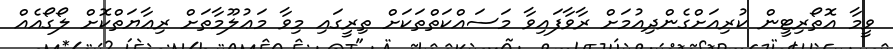
ވީމާ އޮތޯރިޓީން ކުރިއަށްގެންދިއުމަށް ރާވާފައިވާ މަސައްކަތްތަކަށް ތިރީގައި މިވާ މަޢުލޫމާތަށް ރިޢާޔަތްކޮށް ލޯގޯއެއް